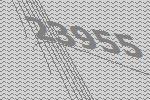
23955